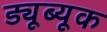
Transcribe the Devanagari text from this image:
ड्यूब्यूक